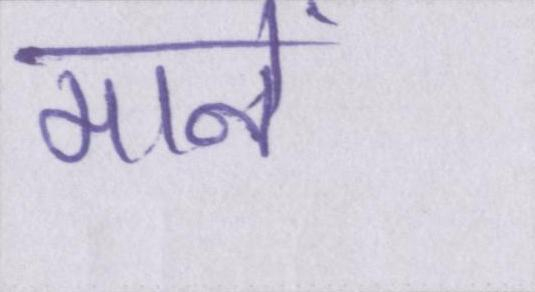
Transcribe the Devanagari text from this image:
मानें